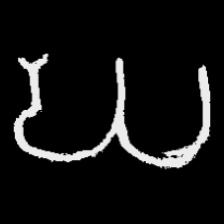
Pyu character \u2014 Myanmar letter: ဃ (romanized: gha)